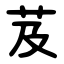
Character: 芨